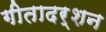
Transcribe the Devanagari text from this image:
गीतादर्शन